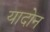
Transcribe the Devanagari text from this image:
यादोन